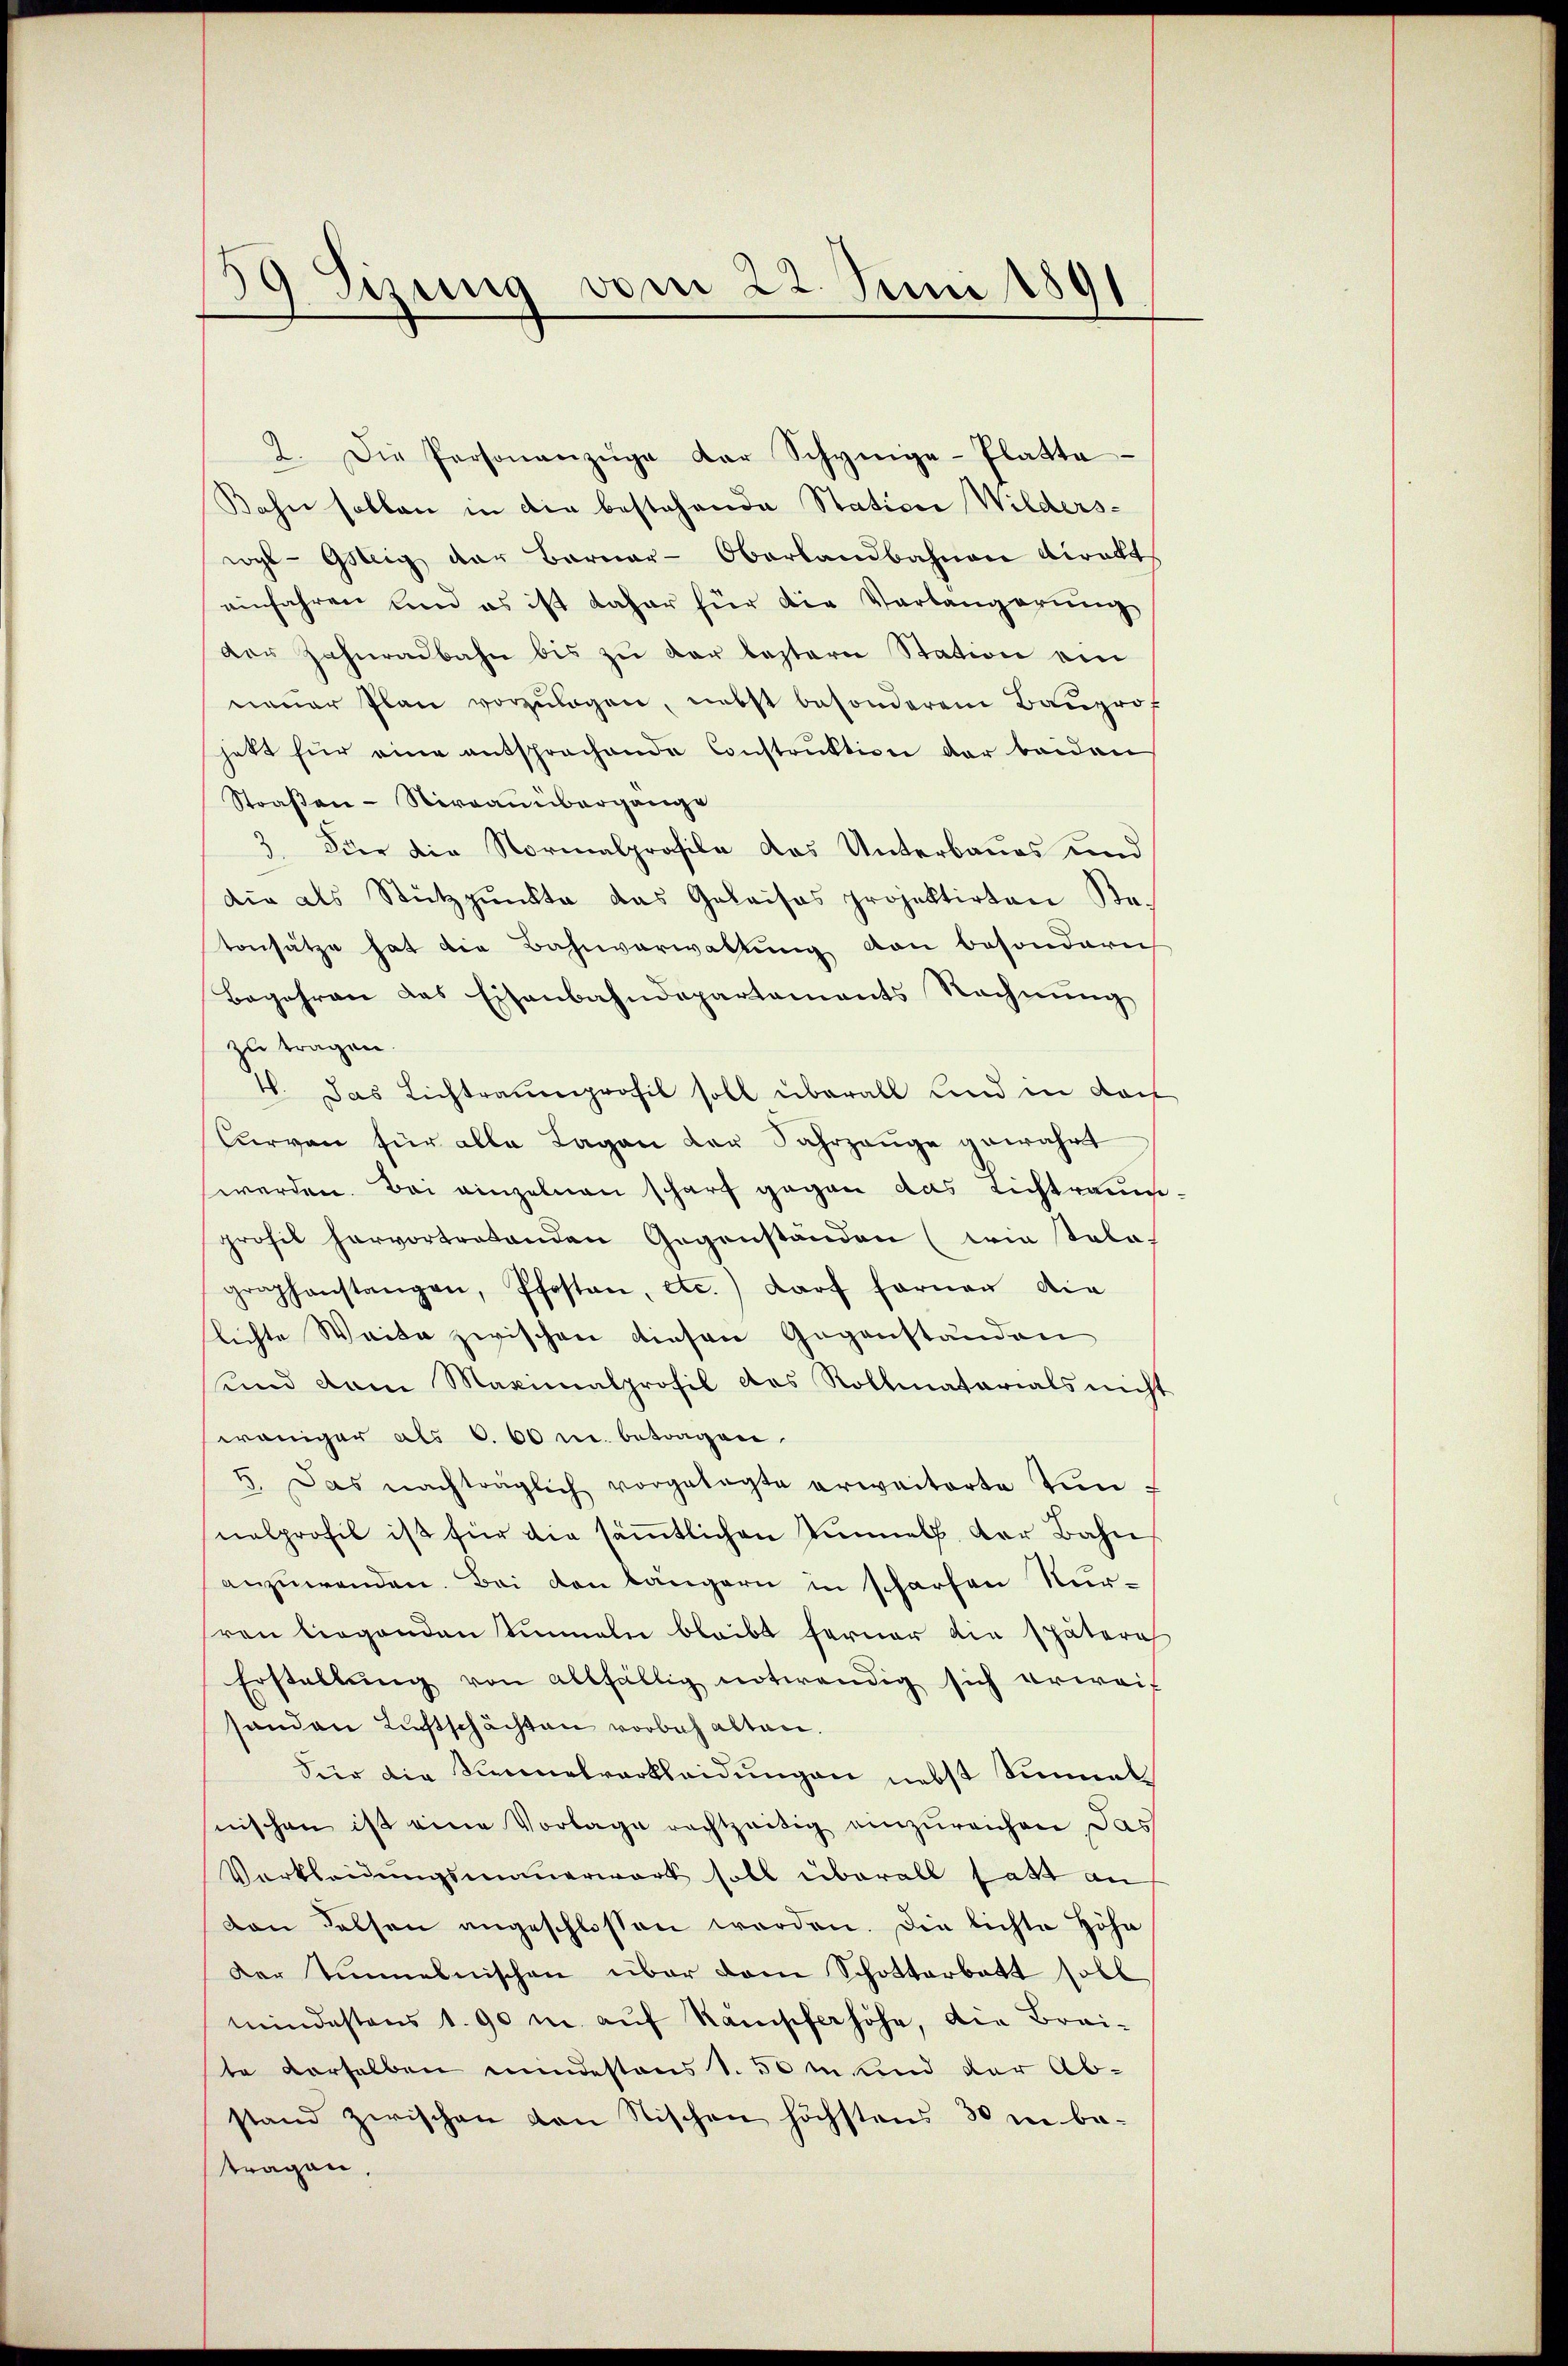
39 Sizung vom 22. Juni 1891

2. Die Personanzüge der Schynige-Platte
Kahn sollen in die bestehende Station Wilderswyl-Gsteig der Bernar-Oberlandbahnen direkt
einfahren und es ist daher für die Verlängerung
der Zahnradbahn bis zu der leztern Station ein
neuer Plan vorzŭlagen, nebst besonderen Baŭprof
hett für eine entsprochende Construktion der beiden
Straßen-Niraanübergange
3. Für die Normalprofile das Unterbaues und
die als Stützpunkte das Geleises projektirten Ka-
tansätze hat die Bahnverwaltung von besondern
Begehren das Eisenbahndepartements Rechnung
zu tragen.
4. Das Lichtrauenprofil soll überall und in der
urven für alle Lagen der Fahrzeuge gewährt
werden. Bei einzelnen scharf gegen das Lichtraume
prösel hervortretenden Gegenständen (wie stola-
graphanstangen, Pfosten, etc.) darf fernen die
flichte Weite zwischen diesen Gegenständen
sund dem Maximalprofil das Rollmatarials nicht
weniger als 6. 60 u. betragen.
5. Das nachträglich vorgelegte erweiterte Vin
nalprofil ist für die säṁtlichen Tunnels, der Bahn
anzuwenden. Bei den längern in scharfen Nurren liegenden Simmeln bleibt ferner die spätere
Erstellŭng von allfällig notwendig sich erweif
handen Lichtschächten vorbehalten.
Für die Sinnesverkleidungen nebst Sinnel
nischen ist eine Vorlage rechtzeitig einzureichen das
Verkleidungsmauerwerk soll überall hatt an
von Felsen angeschlossen werden. Die lichte Höhe
Der Immelnischen über dem Schotterbatt soll
mindestens 1. 90 m aŭf Kampferhöhe, die Brai-
te derselben mindestens 1.50 m und der Ab-
stand zwischen von Stischen höchstens 30 in betragen.